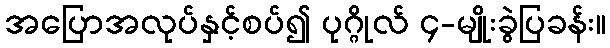
အပြောအလုပ်နှင့်စပ်၍ ပုဂ္ဂိုလ် ၄-မျိုးခွဲပြခန်း။